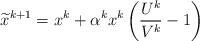
LaTeX: \begin{align*}\widetilde{x}^{k+1}=x^{k}+\alpha^{k}x^{k}\left(\frac{U^{k}}{V^{k}}-1\right)\end{align*}